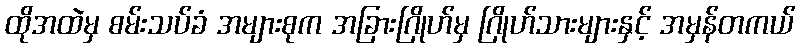
ထိုအထဲမှ စမ်းသပ်ခံ အများစုက အခြားဂြိုဟ်မှ ဂြိုဟ်သားများနှင့် အမှန်တကယ်